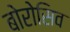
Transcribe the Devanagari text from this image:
बोरोसिव